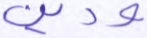
ودين